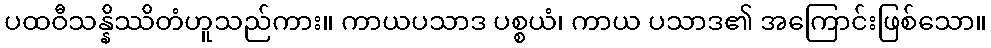
ပထဝီသန္နိဿိတံဟူသည်ကား။ ကာယပသာဒ ပစ္စယံ၊ ကာယ ပသာဒ၏ အကြောင်းဖြစ်သော။